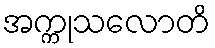
အက္ကုသလောတိ